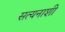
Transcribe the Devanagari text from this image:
सत्यनाशी